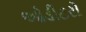
ઓડીટરો